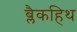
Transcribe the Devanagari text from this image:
ब्लैकहिथ